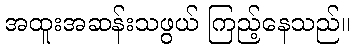
အထူးအဆန်းသဖွယ် ကြည့်နေသည်။